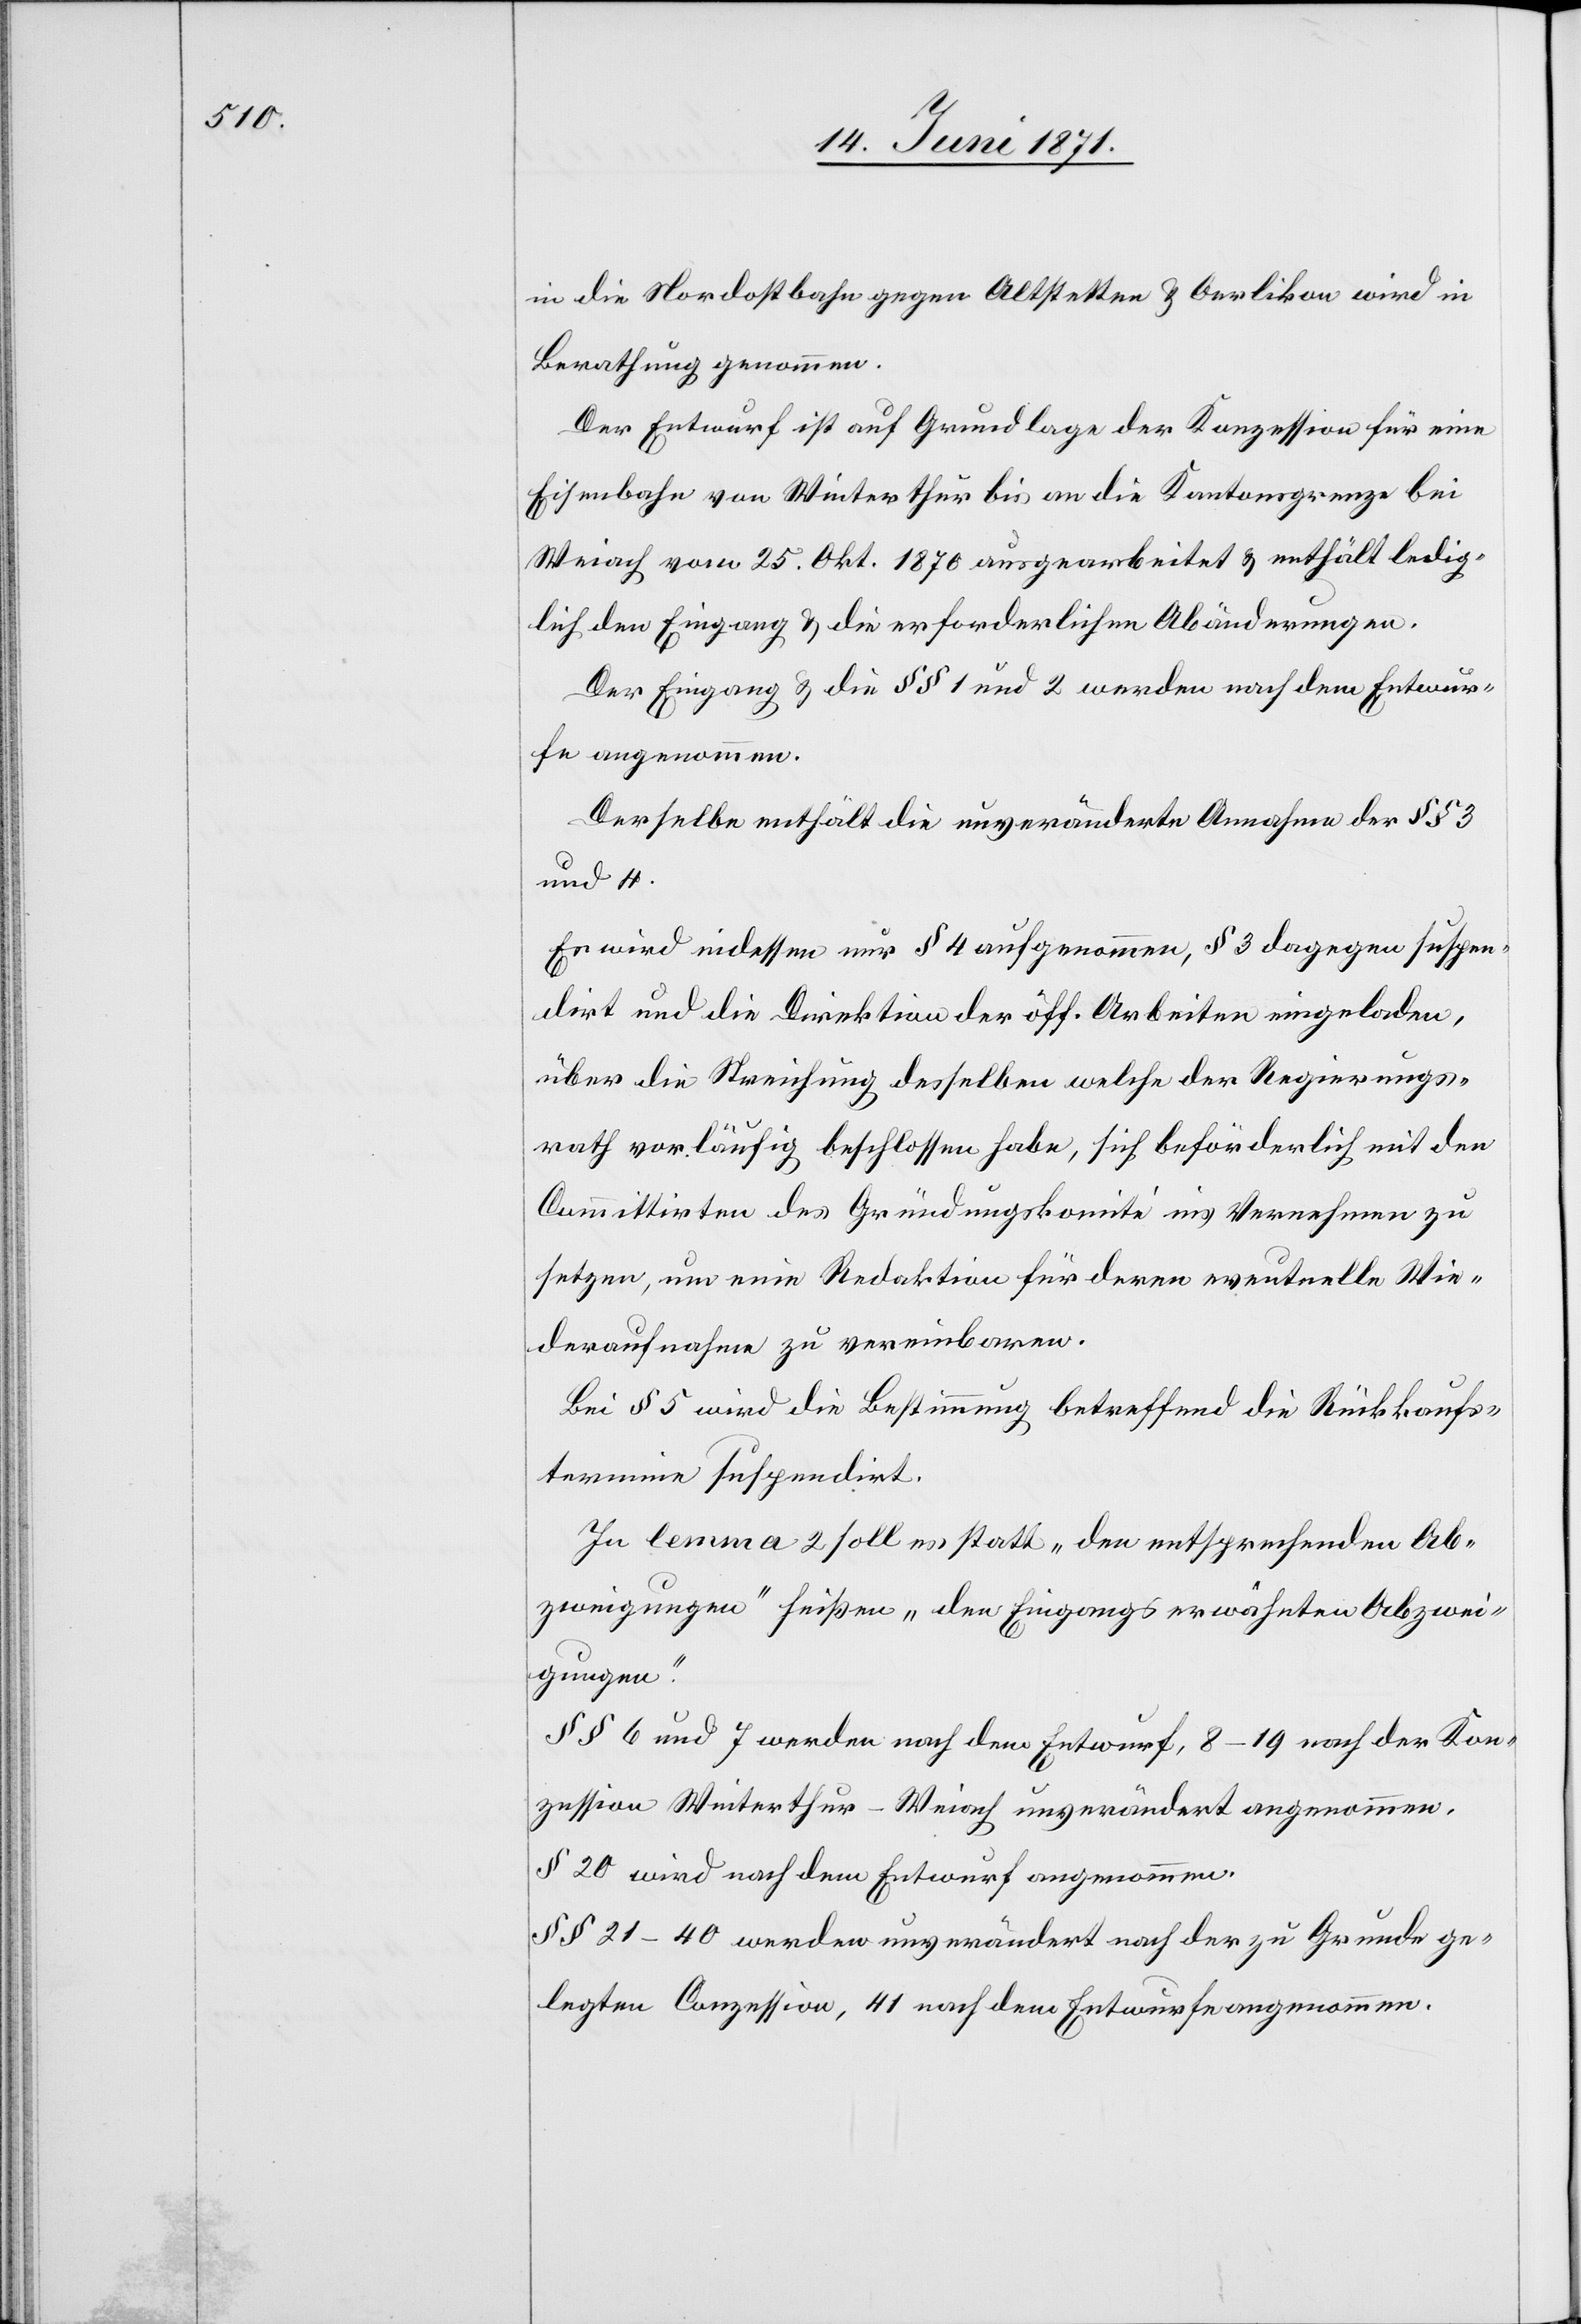
in die Nordostbahn gegen Altstetten u. Oerlikon wird in
Berathung genommen.
Der Entwurf ist auf Grundlage der Konzession für eine
Eisenbahn von Winterthur bis an die Kantonsgrenze bei
Weiach vom 25. Okt. 1870 ausgearbeitet u. enthält ledig¬
lich den Eingang u. die erforderlichen Abänderungen.
Der Eingang u. die §§ 1 und 2 werden nach dem Entwur¬
fe angenommen.
Derselbe enthält die unveränderte Annahme der §§ 3
und 4.
Es wird indessen nur § 4 aufgenommen, § 3 dagegen suspen¬
dirt und die Direktion der öff. Arbeiten eingeladen,
über die Streichung desselben welche der Regierungs¬
rath vorläufig beschlossen habe, sich beförderlich mit den
Committirten des Gründungskomité ins Vernehmen zu
setzen, um eine Redaktion für deren eventuelle Wie¬
deraufnahme zu vereinbaren.
Bei § 5 wird die Bestimmung betreffend die Rückkaufs¬
termine suspendirt.
In lemma 2 solle es statt „den entsprechenden Ab¬
zweigungen“ heißen „den Eingangs erwähnten Abzwei¬
gungen.“
§§ 6 und 7 werden nach dem Entwurf, 8–19 nach der Kon¬
zession Winterthur-Weiach unverändert angenommen.
§ 20 wird nach dem Entwurf angenommen.
§§ 21–40 werden unverändert nach der zu Grunde ge¬
legten Conzession, 41 nach dem Entwurfe angenommen.